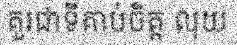
គួរជាទីគាប់ចិត្ត លុយ